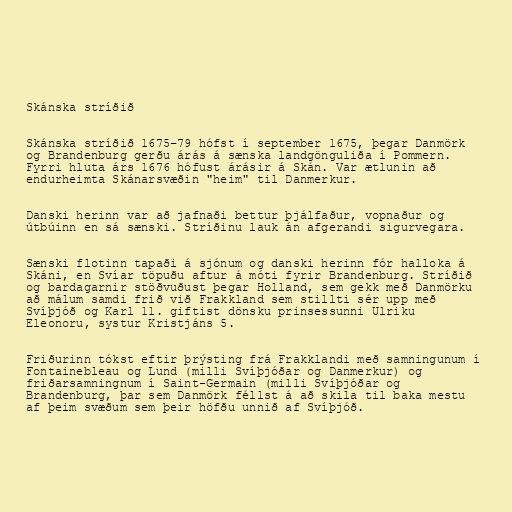
Skánska stríðið

Skánska stríðið 1675–79 hófst í september 1675, þegar Danmörk
og Brandenburg gerðu árás á sænska landgönguliða í Pommern.
Fyrri hluta árs 1676 hófust árásir á Skán. Var ætlunin að
endurheimta Skánarsvæðin "heim" til Danmerkur.

Danski herinn var að jafnaði bettur þjálfaður, vopnaður og
útbúinn en sá sænski. Stríðinu lauk án afgerandi sigurvegara.

Sænski flotinn tapaði á sjónum og danski herinn fór halloka á
Skáni, en Svíar töpuðu aftur á móti fyrir Brandenburg. Stríðið
og bardagarnir stöðvuðust þegar Holland, sem gekk með Danmörku
að málum samdi frið við Frakkland sem stillti sér upp með
Svíþjóð og Karl 11. giftist dönsku prinsessunni Ulriku
Eleonoru, systur Kristjáns 5.

Friðurinn tókst eftir þrýsting frá Frakklandi með samningunum í
Fontainebleau og Lund (milli Svíþjóðar og Danmerkur) og
friðarsamningnum í Saint-Germain (milli Svíþjóðar og
Brandenburg, þar sem Danmörk féllst á að skila til baka mestu
af þeim svæðum sem þeir höfðu unnið af Svíþjóð.